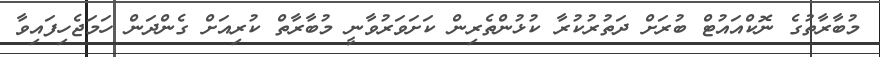
މުބާރާތުގެ ނޮކްއައުޓް ބުރަށް ދަތުރުކުރާ ކުޅުންތެރިން ކަށަވަރުވާނީ މުބާރާތް ކުރިއަށް ގެންދަން ހަމަޖެހިފައިވާ